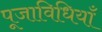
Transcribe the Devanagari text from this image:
पूजाविधियाँ